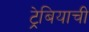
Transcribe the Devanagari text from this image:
ट्रेबियाची